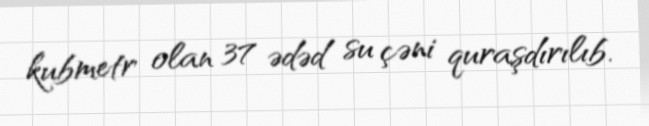
kubmetr olan 37 ədəd su çəni quraşdırılıb.